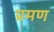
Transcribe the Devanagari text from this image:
प्रमण